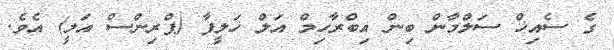
ގެ ސެއިޚް ސަލްމާން ބިން އިބްރާހިމް އަލް ޚަލީފާ (ޕްރިންސް އަލީ) އެވެ.